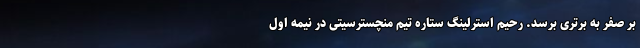
بر صفر به برتری برسد. رحیم استرلینگ ستاره تیم منچسترسیتی در نیمه اول